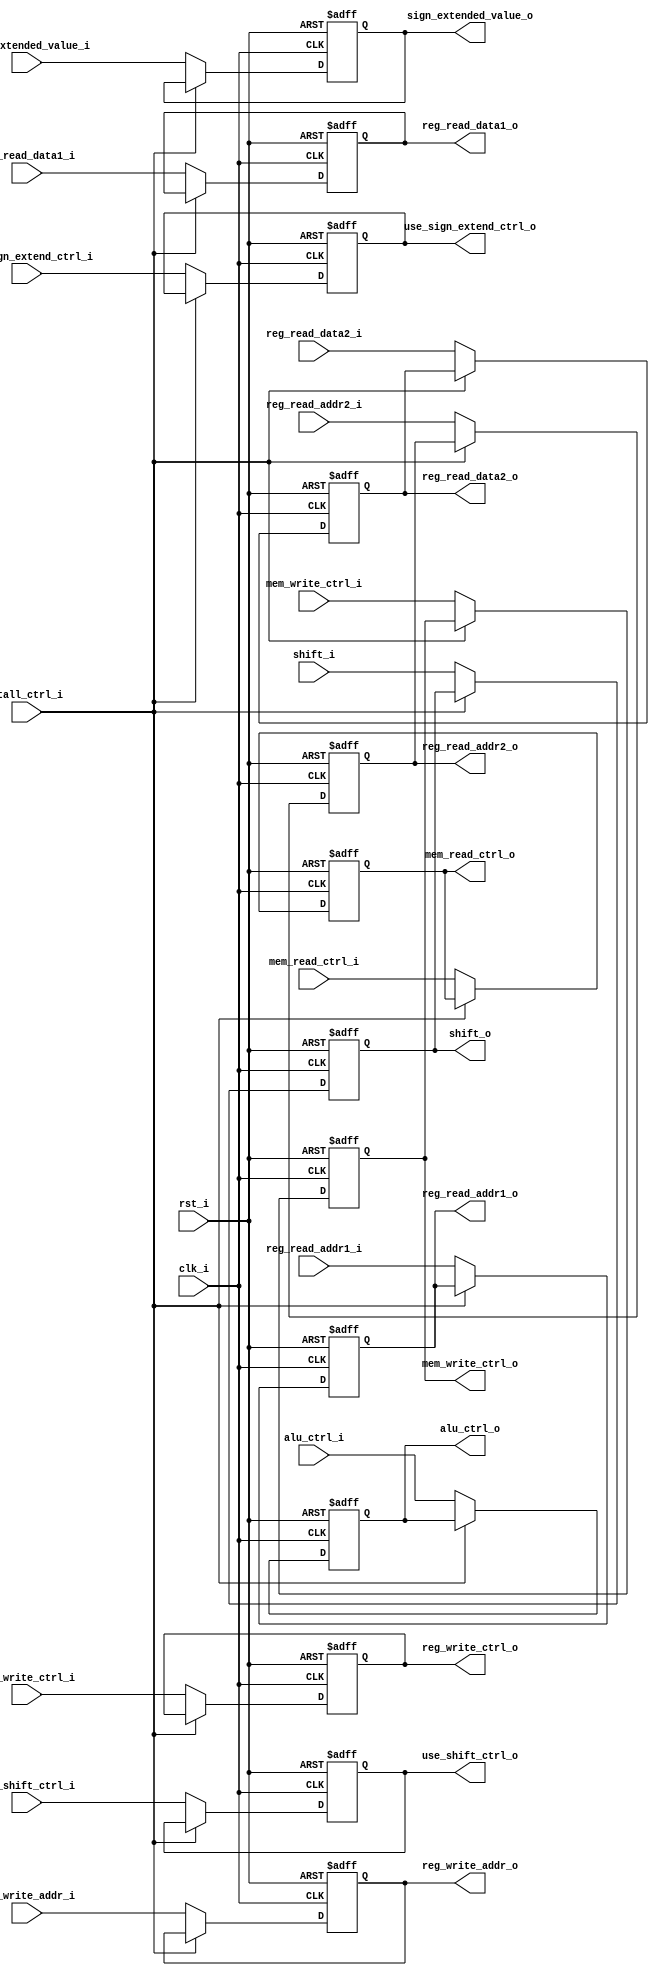
module IDToEx (
    input [4:0] reg_read_addr1_i,  // The address of the first register.
    input [4:0] reg_read_addr2_i,  // The address of the second register.
    input [4:0] reg_write_addr_i,  // The address of the writing register.
    input [31:0] reg_read_data1_i,  // The data from the first register.
    input [31:0] reg_read_data2_i,  // The data from the second register.
    input [4:0] shift_i,  // Shift info.
    input [31:0] sign_extended_value_i,  // The data from the sign extend operation.
    input [2:0] alu_ctrl_i,  // Control flag for ALU.
    input use_shift_ctrl_i,  // Use shift amount as reg1 or not.
    input use_sign_extend_ctrl_i,  // Use sign extended value or not.
    input reg_write_ctrl_i,  // Control flag for writing back or not.
    input mem_read_ctrl_i,  // Control flag for reading memory or not.
    input mem_write_ctrl_i,  // Control flag for writing memory or not.

    output [4:0] reg_read_addr1_o,  // The address of the first register.
    output [4:0] reg_read_addr2_o,  // The address of the second register.
    output [4:0] reg_write_addr_o,  // The address of the writing register.
    output [31:0] reg_read_data1_o,  // The data from the first register.
    output [31:0] reg_read_data2_o,  // The data from the second register.
    output [4:0] shift_o,  // Shift info.
    output [31:0] sign_extended_value_o,  // The data from the sign extend operation.
    output [2:0] alu_ctrl_o,  // Control flag for ALU.
    output use_shift_ctrl_o,  // Use shift amount as reg1 or not.
    output use_sign_extend_ctrl_o,  // Use sign extended value or not.
    output reg_write_ctrl_o,  // Control flag for writing back or not.
    output mem_read_ctrl_o,  // Control flag for reading memory or not.
    output mem_write_ctrl_o,  // Control flag for writing memory or not.

    input stall_ctrl_i,  // Stall or not.
    input rst_i,  // Reset or not.
    input clk_i  // Note: this module works at posedge.
);

reg [4:0] reg_read_addr1;
reg [4:0] reg_read_addr2;
reg [4:0] reg_write_addr;
reg [31:0] reg_read_data1;
reg [31:0] reg_read_data2;
reg [4:0] shift;
reg [31:0] sign_extended_value;
reg [2:0] alu_ctrl;
reg use_shift_ctrl;
reg use_sign_extend_ctrl;
reg reg_write_ctrl;
reg mem_read_ctrl;
reg mem_write_ctrl;


assign reg_read_addr1_o = reg_read_addr1;
assign reg_read_addr2_o = reg_read_addr2;
assign reg_write_addr_o = reg_write_addr;
assign reg_read_data1_o = reg_read_data1;
assign reg_read_data2_o = reg_read_data2;
assign shift_o = shift;
assign sign_extended_value_o = sign_extended_value;
assign alu_ctrl_o = alu_ctrl;
assign use_shift_ctrl_o = use_shift_ctrl;
assign use_sign_extend_ctrl_o = use_sign_extend_ctrl;
assign reg_write_ctrl_o = reg_write_ctrl;
assign mem_read_ctrl_o = mem_read_ctrl;
assign mem_write_ctrl_o = mem_write_ctrl;


always @ (posedge clk_i or posedge rst_i) begin
    if (rst_i) begin
        reg_read_addr1 <= 5'b0;
        reg_read_addr2 <= 5'b0;
        reg_write_addr <= 5'b0;
        reg_read_data1 <= 32'b0;
        reg_read_data2 <= 32'b0;
        shift <= 5'b0;
        sign_extended_value <= 32'b0;
        alu_ctrl <= 3'b00;
        use_shift_ctrl <= 1'b0;
        use_sign_extend_ctrl <= 1'b0;
        reg_write_ctrl <= 1'b0;
        mem_read_ctrl <= 1'b0;
        mem_write_ctrl <= 1'b0;
    end else begin
        if (stall_ctrl_i) begin
        end else begin
            reg_read_addr1 <= reg_read_addr1_i;
            reg_read_addr2 <= reg_read_addr2_i;
            reg_write_addr <= reg_write_addr_i;
            reg_read_data1 <= reg_read_data1_i;
            reg_read_data2 <= reg_read_data2_i;
            shift <= shift_i;
            sign_extended_value <= sign_extended_value_i;
            alu_ctrl <= alu_ctrl_i;
            use_shift_ctrl <= use_shift_ctrl_i;
            use_sign_extend_ctrl <= use_sign_extend_ctrl_i;
            reg_write_ctrl <= reg_write_ctrl_i;
            mem_read_ctrl <= mem_read_ctrl_i;
            mem_write_ctrl <= mem_write_ctrl_i;
        end
    end
end

endmodule